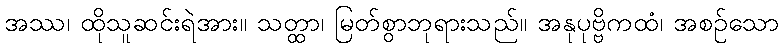
အဿ၊ ထိုသူဆင်းရဲအား။ သတ္ထာ၊ မြတ်စွာဘုရားသည်။ အနုပုဗ္ဗိကထံ၊ အစဉ်သော